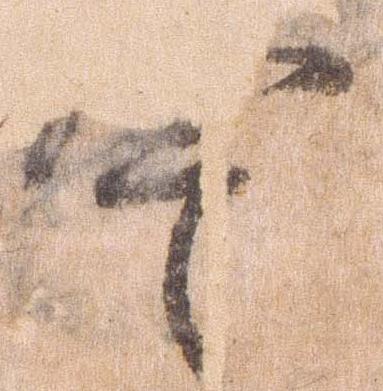
警